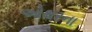
ઓથરના